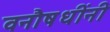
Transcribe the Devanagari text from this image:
वनौषधींनी